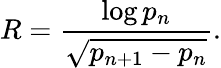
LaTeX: R={\frac{\log p_{n}}{\sqrt{p_{n+1}-p_{n}}}}.